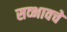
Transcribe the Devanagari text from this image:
सव्भावचे